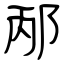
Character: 邴